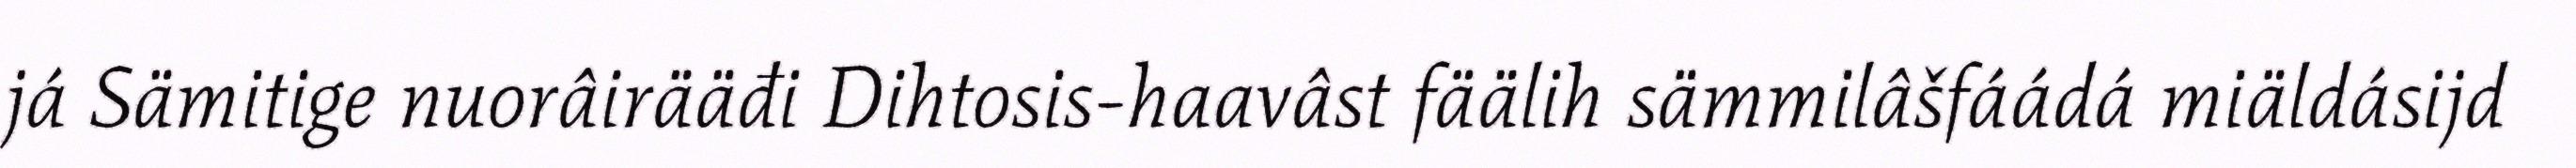
já Sämitige nuorâirääđi Dihtosis-haavâst fäälih sämmilâšfáádá miäldásijd